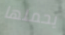
يحملها